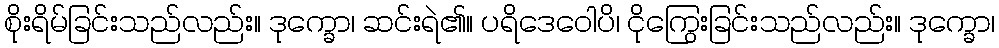
စိုးရိမ်ခြင်းသည်လည်း။ ဒုက္ခော၊ ဆင်းရဲ၏။ ပရိဒေဝေါပိ၊ ငိုကြွေးခြင်းသည်လည်း။ ဒုက္ခော၊